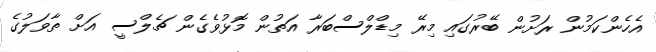
އެހެންކަމުން ރަށުން ބޭރުގައި މިރޭ މިޑްލްސްބަރާ އަތުން މޮޅުވެގެން ޗެލްސީ އަށް ތާވަލުގެ